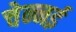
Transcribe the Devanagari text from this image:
चेन्नर्इ